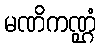
မဏိကဏ္ဌံ